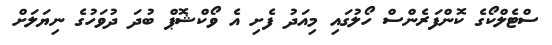
ސްޓެލްކޯގެ ކޮންފަރެންސް ހޯލުގައި މިއަދު ފެށި އެ ވޯކްޝޮޕް ބުދަ ދުވަހުގެ ނިޔަލަށް